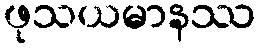
ဖုသယမာနဿ